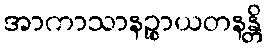
အာကာသာနဉ္စာယတနန္တိ